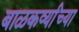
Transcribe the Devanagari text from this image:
बाळकर्व्यांच्या